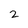
Character: 2